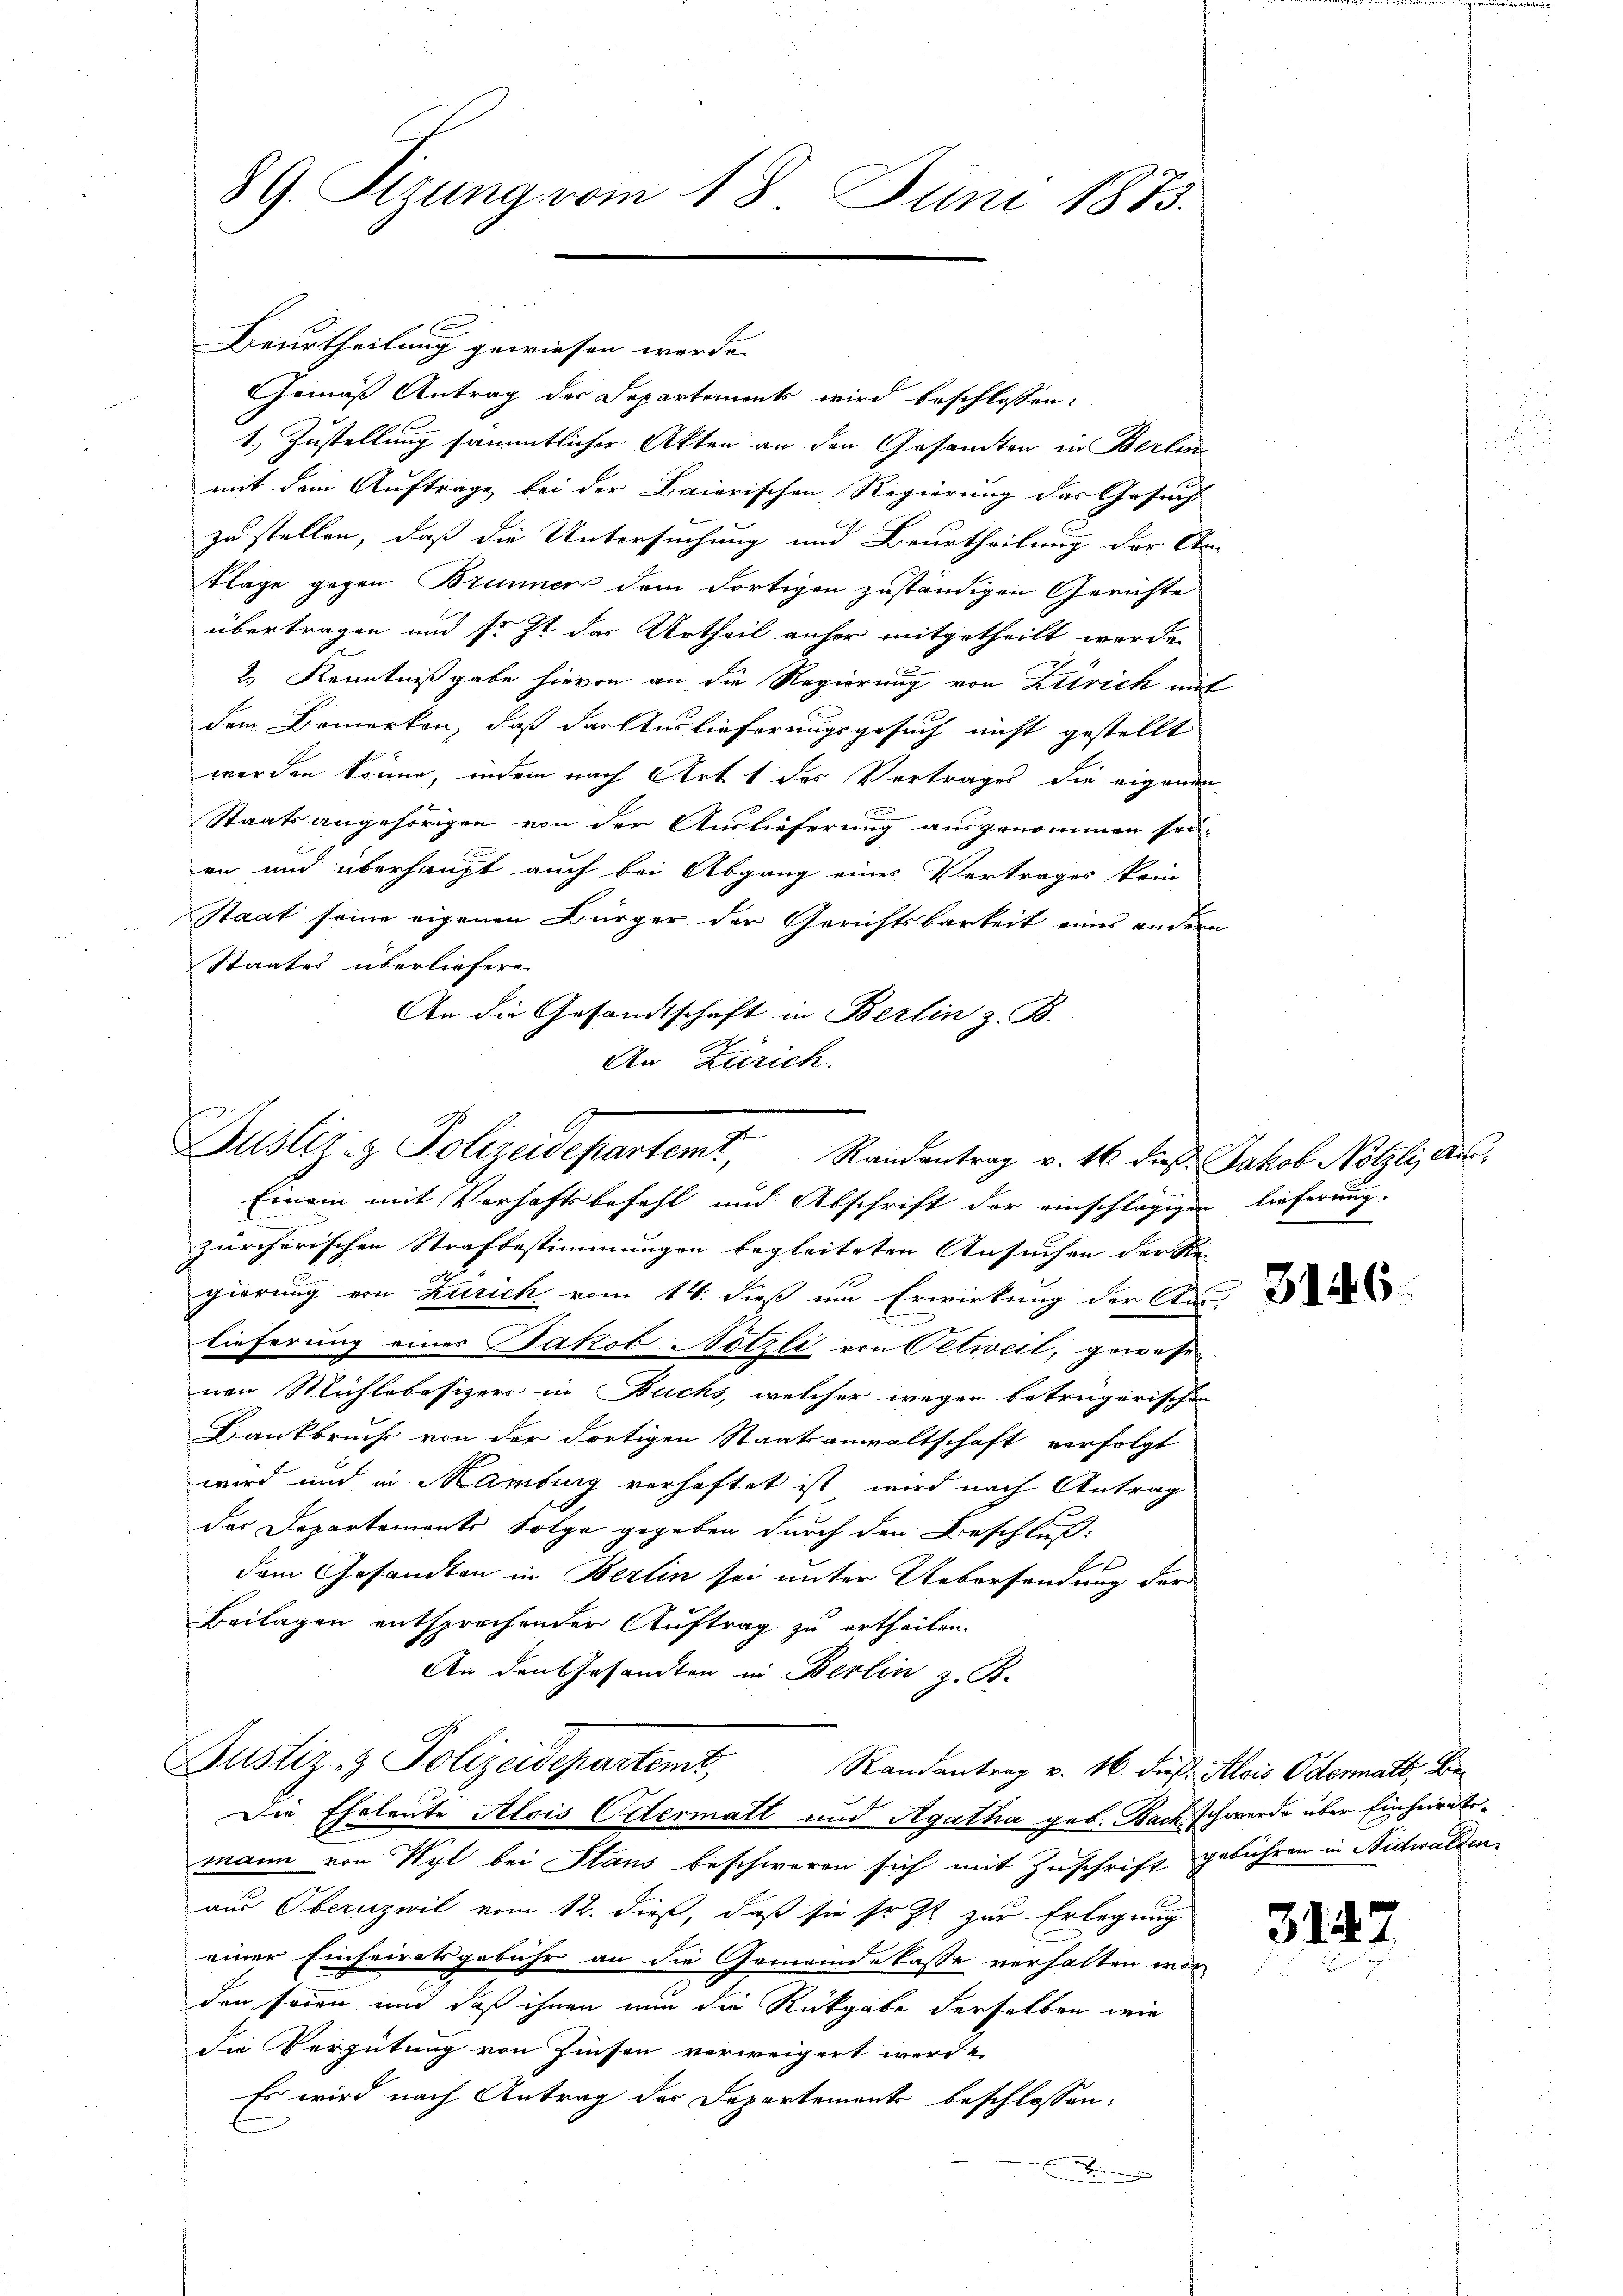
Beurtheilung gewiesen werde.
Gemäß Antrag der Departements wird beschlossen:
1. Zustellung sämmtlicher Akten an den Gesandten in Berlin
mit dem Auftrage bei der Baierischen Regierung das Gesuch
zu stellen, daß die Untersuchung und Beurtheilung der An-
Flage gegen Brunner dem Fortigen zuständigen Gerichte
übertragen und so ist das Urtheil anher mitgetheilt werde.
2.) Kenntnißgabe hievon an die Regierung von Zürich mit
dem Bemerken, daß das Auslieferungsgesuch nicht gestellt
werden könne, indem nach Art. 1 des Vertrages die eigenen
Staatsangehörigen von der Auslieferung ausgenommen sei.
en und überhaupt auch bei Abgang eines Vertrages kein
Staat seine eigenen Bürger der Gerichtsbarkeit eines andern
Staates überliefere
An die Gesandtschaft in Berlin z. B.
An Zürich.

89. Sizung vom 18. Juni 1873.

Justiz- & Polizeidepartemt, Randantrag v. 16. dies Jakob Nötzli, die
Einem mit Verhaftsbefehl und Abschrift der einschlägigen lieferung.

zürcherischen Strafbestimmungen begleiteten Ansuchen der Re-
gierung von Zürich vom 14. dieß um Erwirkung der Aus-
lieferung eines Jakob Nötzli von Oetweil, gewesen
nen Mühlebesizers in Buchs, welcher wegen betrügerischen
Bankbruche von der dortigen Staatsanwaltschaft verfolgt
wird und in Marburg verhaftet ist, wird nach Antrag
das Departements Folge gegeben durch den Beschluß:
.
dem Gesandten in Berlin sei unter Uebersendung der
Beilagen entsprechender Auftrag zu ertheilen.
An den Gesandten in Berlin z. B.
Justiz- & Polizeidepartemt, Randantrag v. M. daß Alois Odermatt, abe
Die Eheleute Alois Odermatt und Agatha geb. Bach schwerde über Einheiratomann von Wyl bei Stans beschweren sich mit Zuschrift gebühren in Nidwaldenaus Obernzwil vom 12. dieß, daß sie sr. Zt. zur Erlegung
einer Einheiratsgebühr an die Gemeindekasse verhalten wor
den seien und daß ihnen nun die Rückgabe derselben wie
die Vergütung von Zinsen verweigert werde.
Es wird nach Antrag des Departements beschlossen:
imen

e

3146

314